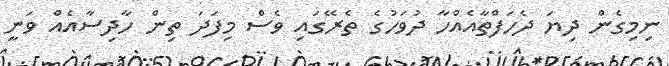
ނިމިގެން ދިޔަ ދެހަފްތާއެއްހާ ދުވަހުގެ ތެރޭގައި ވެސް މިފަދަ ތިން ހާދިސާއެއް ވަނީ